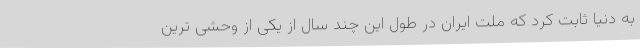
به دنیا ثابت کرد که ملت ایران در طول این چند سال از یکی از وحشی ترین